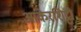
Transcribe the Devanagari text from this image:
आकेरशिट्टी